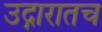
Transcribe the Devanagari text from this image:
उद्गारातच